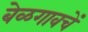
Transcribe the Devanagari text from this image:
बेळगावचें